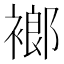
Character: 𧜛